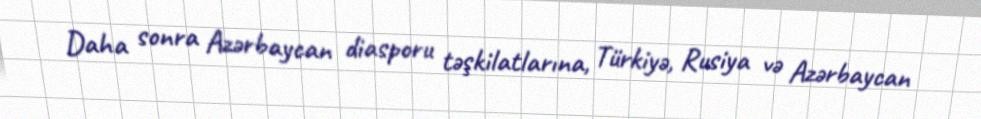
Daha sonra Azərbaycan diasporu təşkilatlarına, Türkiyə, Rusiya və Azərbaycan